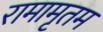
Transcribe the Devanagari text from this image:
रामामृतम